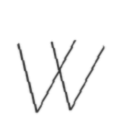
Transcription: W